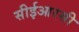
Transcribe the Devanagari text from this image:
सीईआरसी